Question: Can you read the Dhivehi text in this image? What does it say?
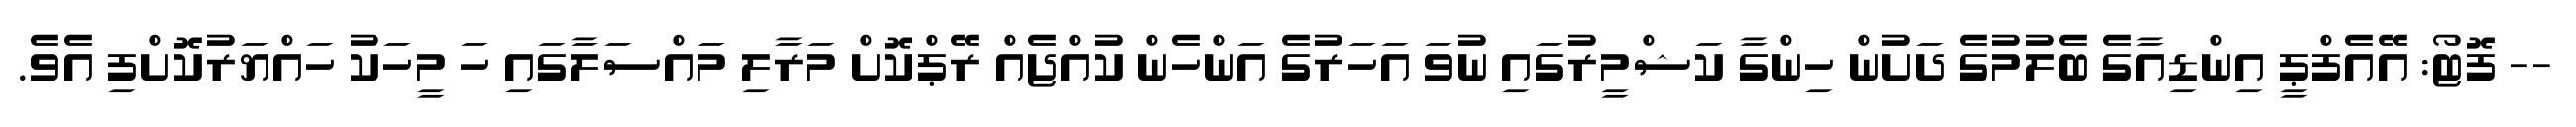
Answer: -- ފޮޓޯ: އޭއެފްޕީ އިންޑިއާގެ ބެލުމުގެ ދަށުން ހިންގާ ކަޝްމީރުގައި ނުވަ އަހަރުގެ އަންހެން ކުއްޖެއް ރޭޕްކޮށް މަރާލި މައްސަލާގައި ހަ މީހަކު ހައްޔަރުކޮށްފި އެވެ.